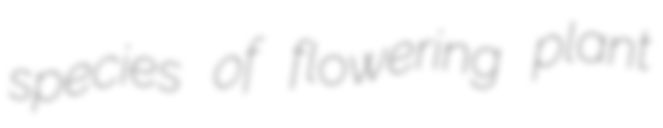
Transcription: species of flowering plant